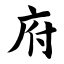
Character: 府